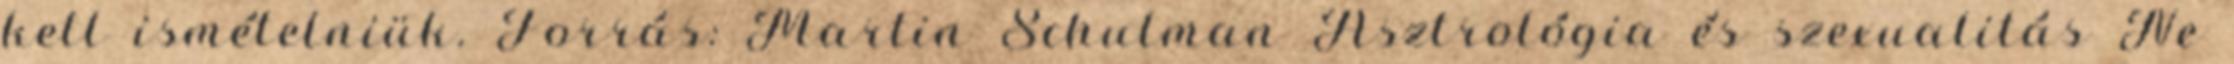
kell ismételniük. Forrás: Martin Schulman Asztrológia és szexualitás Ne